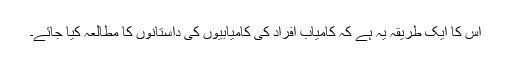
اس کا ایک طریقہ یہ ہے کہ کامیاب افراد کی کامیابیوں کی داستانوں کا مطالعہ کیا جائے۔